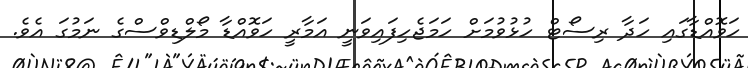
ހަވޮއްޑާގައި ހަދާ ރިސޯޓް ހުޅުވުމަށް ހަމަޖެހިފައިވަނީ އަމާރީ ހަވޮއްޑާ މޯލްޑިވްސްގެ ނަމުގަ އެވެ.